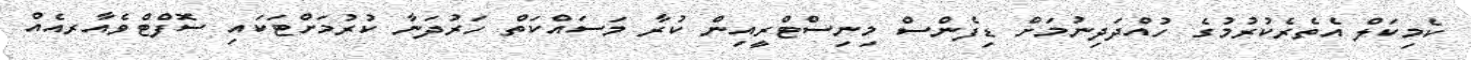
ކެމިކަލް އެތެރެކުރުމުގެ ހުއްދަދިނުމަށް ޑިފެންސް މިނިސްޓްރީއިން ކުރާ މަސައްކަތް ހަރުދަނާ ކުރުމަށްޓަކައި ސޮފްޓްވެއާރއެއް